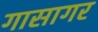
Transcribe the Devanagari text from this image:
गासागर